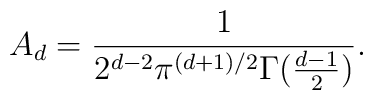
A_d=\frac{1}{2^{d-2}\pi ^{(d+1)/2}\Gamma (\frac{d-1}{2})}.